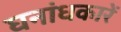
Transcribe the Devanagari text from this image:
घनांधकारें